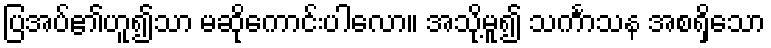
ပြအပ်၏ဟူ၍သာ မဆိုကောင်းပါလော။ အသို့မူ၍ သင်္ကာသန အစရှိသော